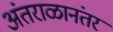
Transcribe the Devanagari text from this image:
अंतराळानंतर